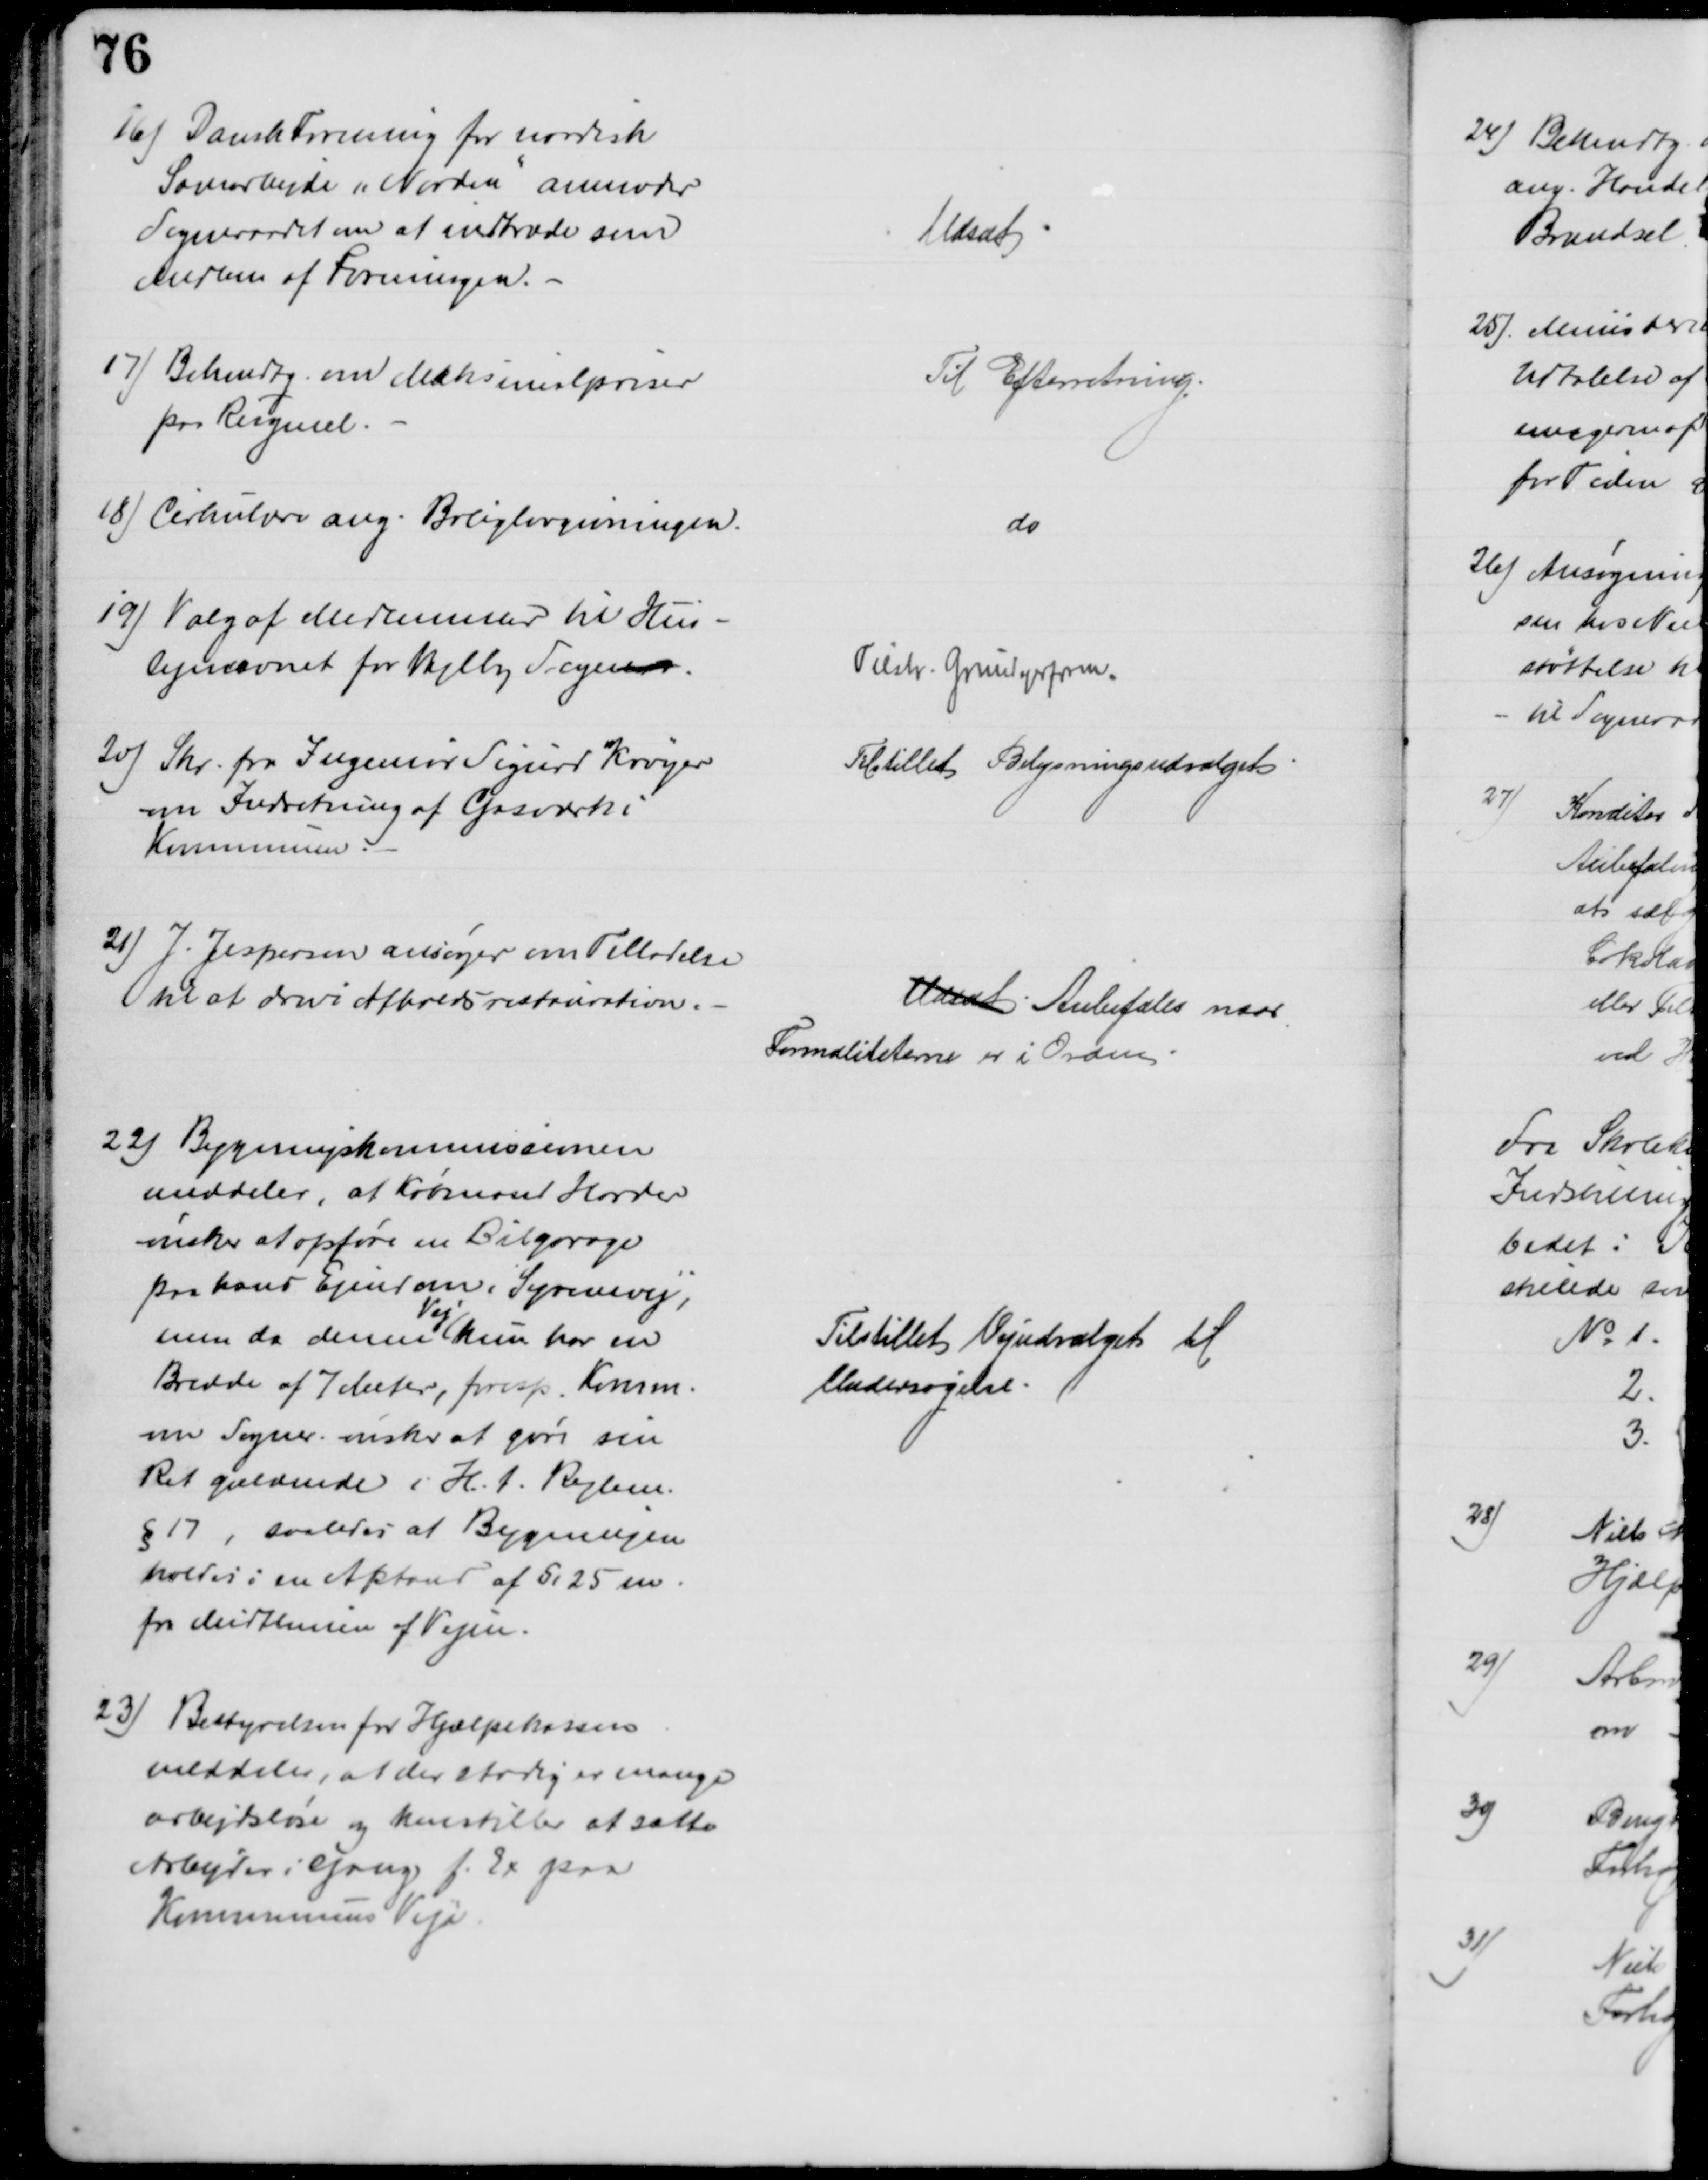
Transskription:
16) Dansk Forening for nordisk
Samarbejde "Norden" anmoder
Sogneraadet om at indtræde som
Medlem af Foreningen. 
Udsat
17) Bekendtg. om Maksimalpriser
paa Rugmel.
Til Efterretning.
18) Cirkulære ang. Boliglovgivningen.
do
19) Valg af Medlemmer til Hus-
lejenævnet for Vejlby Sogner.
Tilskr. Grundejerforen.
20) Skr. fra Ingeniør Sigurd Krøyer
om Indretning af Gasværk i
Kommunen
Tilstillet Belysningsudvalget
21) J. Jespersen ansøger om Tilladelse
til at drive Afholdsrestauration.
Udsat Anbefales naar
Formaliteterne er i Orden.
22) Bygningskommissionen
meddeler, at Købmand Harder
ønsker at opføre en Bilgarage
paa hans Ejendom i Syrenevej,
men da denne 
Vej
kun har en
Bredde af 7 Meter, foresp. Komm.
om Sogner. ønsker at gøre sin
Ret gældende i H. t. Reglen
§ 17, saaledes at Bygningen
holdes i en Afstand af 5,25 m
fra Midtlinien af Vejen.
Tilstillet Vejudvalget til
Undersøgelse.
23) Bestyrelsen for Hjælpekassen
meddeler, at der stadig er mange
arbejdsløse og henstiller at sætte
Arbejder i Gang f. Ex paa
Kommunens Veje